Vaccination in the Punjab 1883-1896 - 1883-1896
Year: 1883
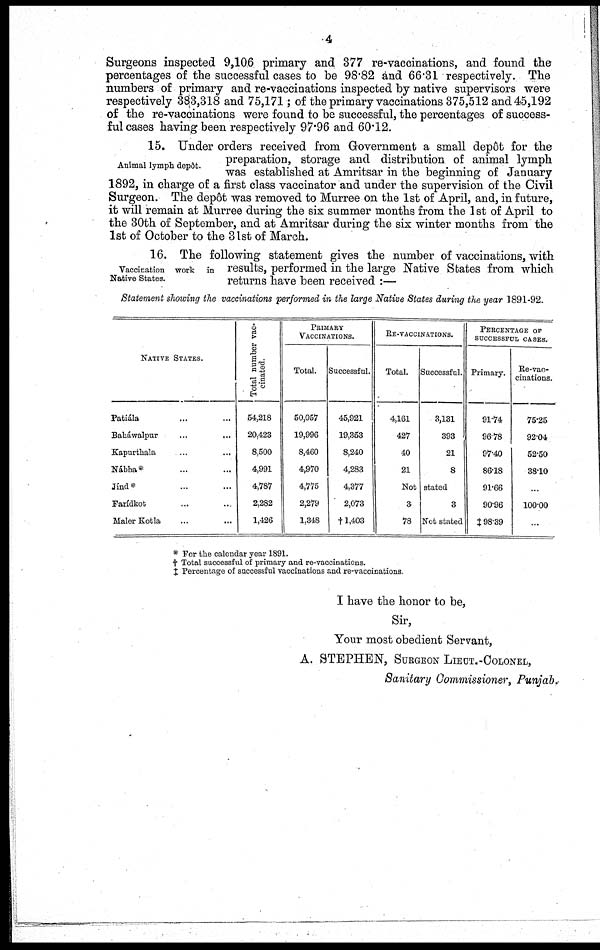
4
Surgeons inspected 9,106 primary and 377 re-vaccinations, and found the
percentages of the successful cases to be 98.82 and 66.31 respectively. The
numbers of primary and re-vaccinations inspected by native supervisors were
respectively 383,318 and 75,171; of the primary vaccinations 375,512 and 45,192
of the re-vaccinations were found to be successful, the percentages of success-
ful cases having been respectively 97.96 and 60.12.
Animal lymph depôt.
15. Under orders received from Government a small depôt for the
preparation, storage and distribution of animal lymph
was established at Amritsar in the beginning of January
1892, in charge of a first class vaccinator and under the supervision of the Civil
Surgeon. The depôt was removed to Murree on the 1st of April, and, in future,
it will remain at Murree during the six summer months from the 1 st of April to
the 30th of September, and at Amritsar during the six winter months from the
1st of October to the 31st of March.
Vaccination work in
Native States.
16. The following statement gives the number of vaccinations, with
results, performed in the large Native States from which
returns have been received :—
Statement showing the vaccinations 'performed in the large Native States during the year 1891-92.
NATIVE STATES.
Patiála ... ...
Baháwalpur ... ...
Kapurthala
...
...
Nábha*
Jínd* ... ...
Farídkot ... ...
Maler Kotla ... ...
Total number vac-
cinated.
54,218
20,423
8,500
4,991
4,787
2,282
1,426
PRIMARY
VACCINATIONS.
Total.
50,057
19,996
8,460
4,970
4,775
2,279
1,348
Successful.
45,921
19,353
8,240
4,283
4,377
2,073
† 1,403
RE-VACCINATIONS.
Total.
4,161
427
40
21
Successful.
3,131
393
21
8
Not stated
3
78
3
Not stated
PERCENTAGE OF
SUCCESSFUL CASES.
Primary.
91.74
96.78
97.40
86.18
91.66
90.96
‡ 98.39
Re-vac-
cinations.
75.25
92.04
52.50
38.10
...
100.00
...
* For the calendar year 1891.
† Total successful of primary and re-vaccinations.
‡ Percentage of successful vaccinations and re-vaccinations.
I have the honor to be,
Sir,
Your most obedient Servant,
A. STEPHEN, SURGEON LIEUT.-COLONEL,
Sanitary Commissioner, Punjab.